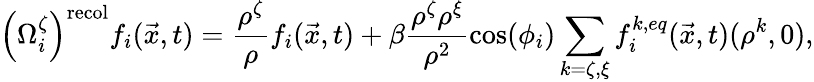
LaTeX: \left(\Omega_{i}^{\zeta}\right)^{\mathrm{recol}}f_{i}(\vec{x},t)=\frac{\rho^{\zeta}}{\rho}f_{i}(\vec{x},t)+\beta\frac{\rho^{\zeta}\rho^{\xi}}{\rho^{2}}\cos(\phi_{i})\sum_{k=\zeta,\xi}f_{i}^{k,eq}(\vec{x},t)(\rho^{k},0),